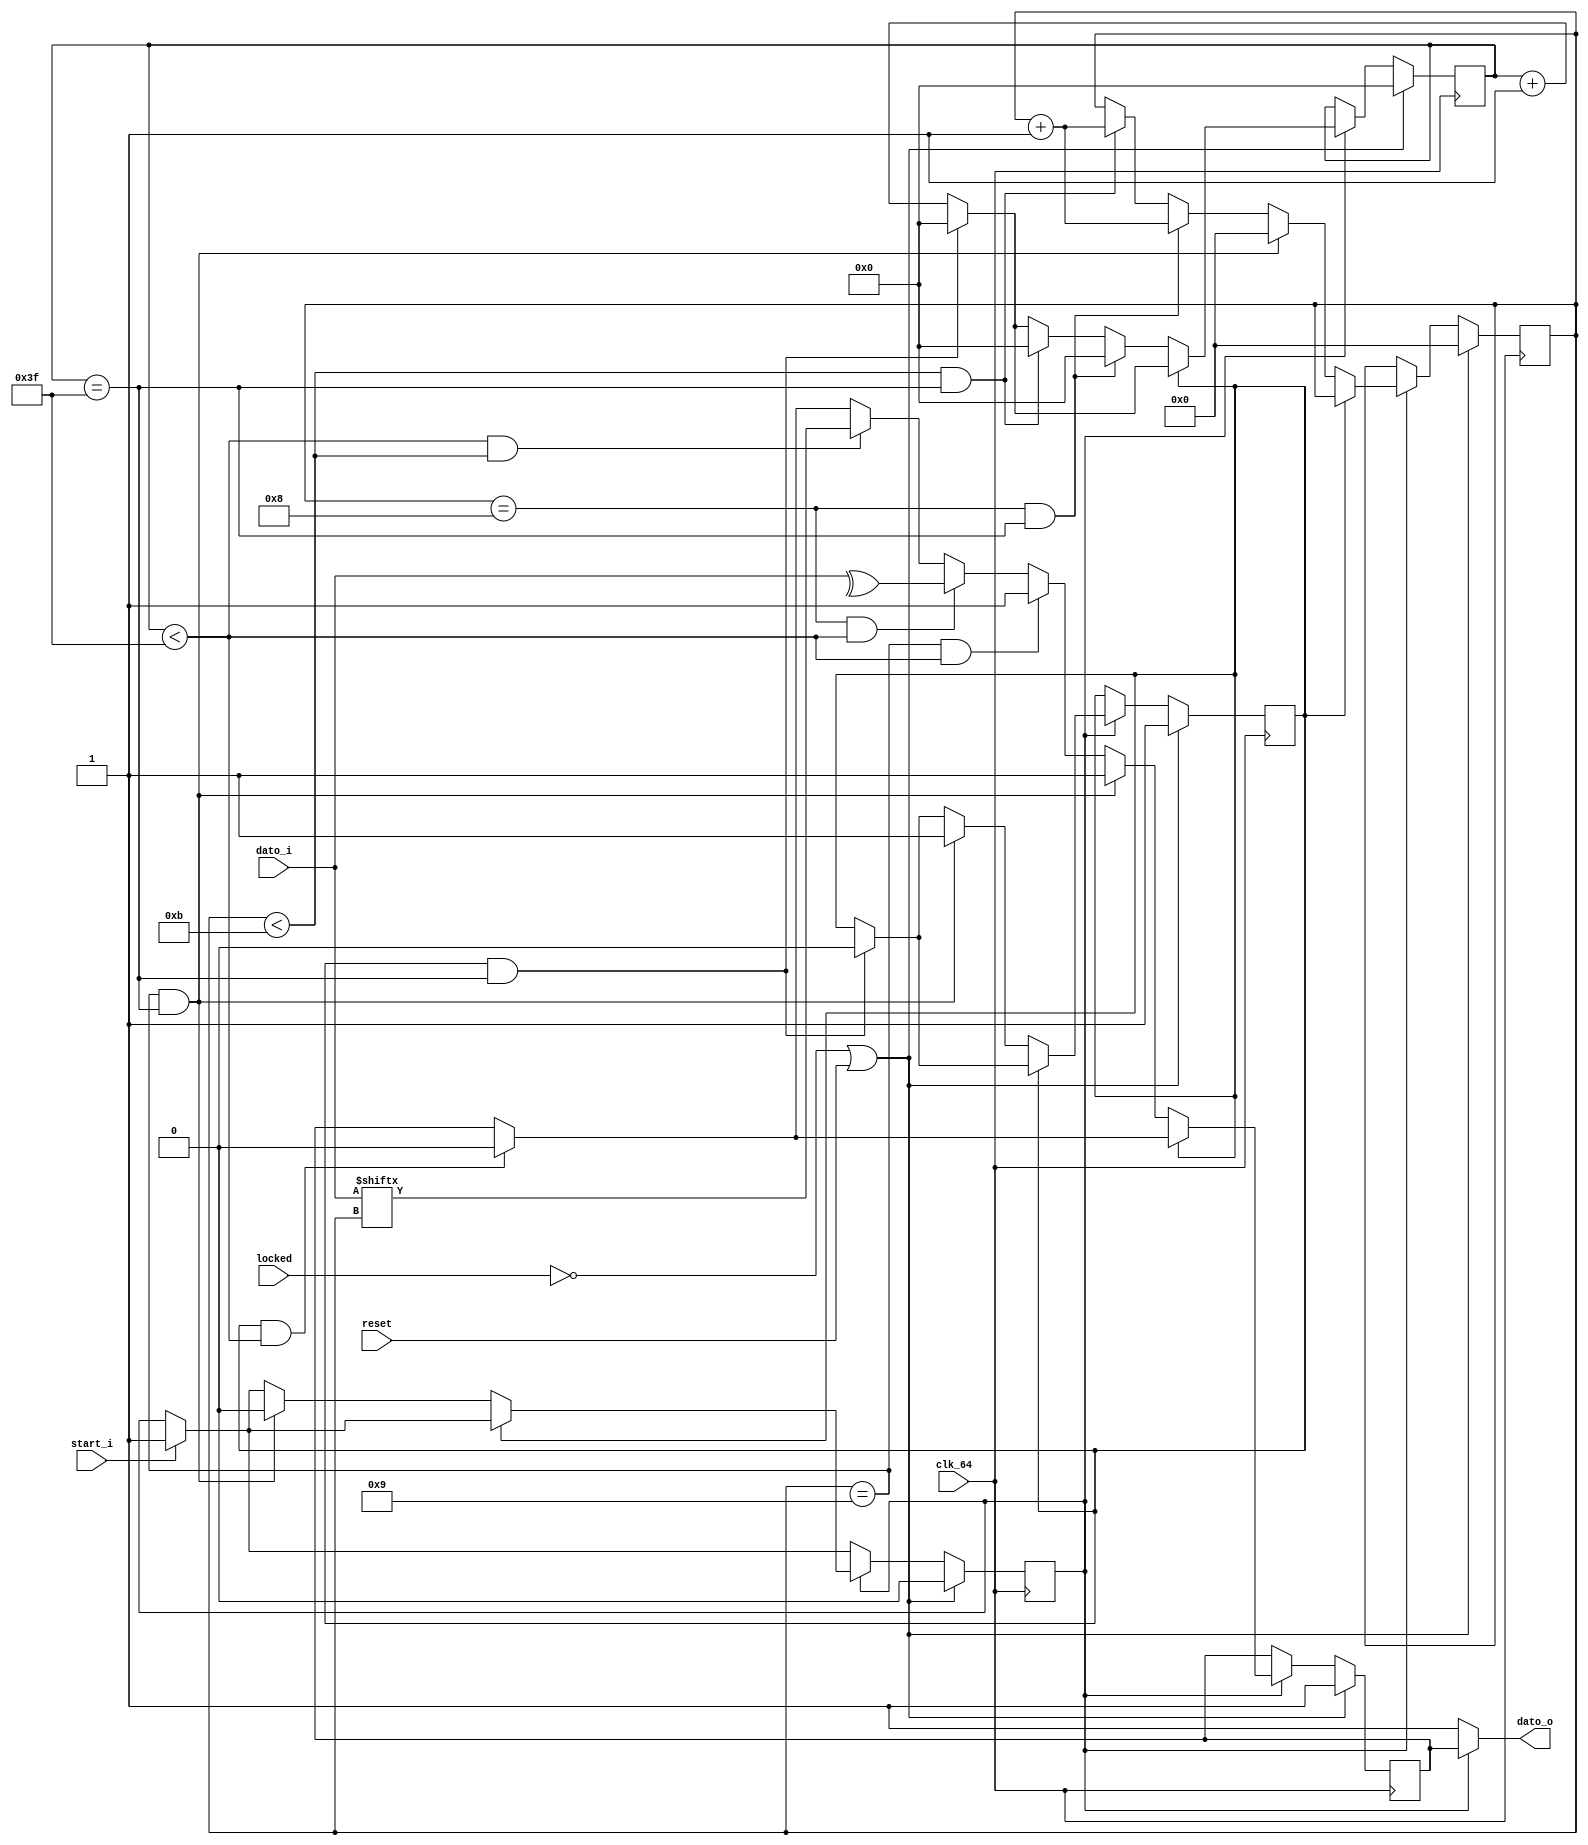
`timescale 1ns / 1ps

module Uart_tx(
    input clk_64,
    input locked,
    input reset,
    input [7:0] dato_i,     //Byte a transmitir 
    input start_i,          //Pulso para enviar el byte
    output dato_o);         //Trama codificada para enviar al transmisor de la UART

reg flag;           //Indica que recibi el bit de start
reg [4:0] k;        //contador interno para enviar datos     
reg bit_actual;     //bit que estoy enviando
reg flag_start;     //flag para evitar que se envien varios bit de start al comienzo
reg [6:0] contador; //contador para enviar un bit con una duracion de tiempo adecuada

always @(posedge clk_64) begin
    if (~locked || reset) begin
        flag <= 0;
        k <= 0;
        contador <= 0;
        flag_start <= 1;    //1 indica que necesito mandar el bit de Start
        bit_actual <= 1; 
    end  
    else begin
        if (start_i)  //Si recibi un pulso, empiezo a enviar
            flag <= 1;                 
        if (flag) begin
            contador <= contador+1;
            if (flag_start && contador < 63) 
                bit_actual <= 0;        //Bit de start
            if (flag_start && contador == 63) begin                     
                flag_start <= 0;
                contador <= 0;         //Recibi el bit de Start
            end    
            if (flag_start == 0) begin                
                if (contador < 63 && k < 11)    //Envio todos los demas datos
                    bit_actual <= dato_i[k];
                if (k < 11 && contador == 63) begin
                    k <= k + 1;
                    contador <= 0;
                end    
                if (k == 8 && contador < 63)    //Bit de paridad
                    bit_actual <= ^(dato_i);    //0 si es par, 1 si es impar
                if (k == 8 && contador == 63) begin        
                    k <= k + 1;
                    contador <= 0;       
                end
                if (k == 9 && contador < 63)   //Bit de Stop                     
                    //bit_actual = 1;
                    bit_actual <= 1;
                if (k == 9 && contador == 63) begin
                    bit_actual <= 1;                                                   
                    k <= 0;                    //Reiniciamos las variables para enviar otro dato
                    flag_start <= 1;
                    flag <= 0;
                end
            end     
        end                       
    end        
end    

assign dato_o = (flag == 1)? bit_actual : 1;    
         
endmodule